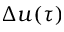
\Delta u ( \tau )